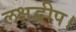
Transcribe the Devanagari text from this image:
लक्षद्वीप।